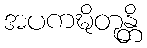
အပကဍ္ဎိတုန္တိ